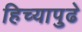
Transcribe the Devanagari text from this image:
हिच्यापुढे